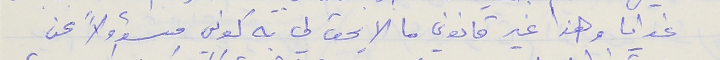
غوايا وهذا غير قانوني ما لا يحق لي به كوني مسؤولاً عن